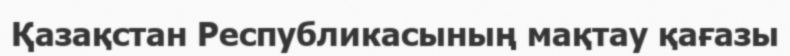
Қазақстан Республикасының мақтау қағазы